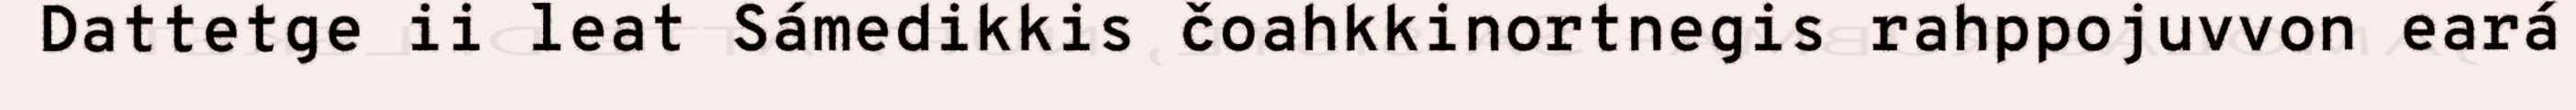
Dattetge ii leat Sámedikkis čoahkkinortnegis rahppojuvvon eará